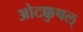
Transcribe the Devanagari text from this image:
ओटक्कुषल्